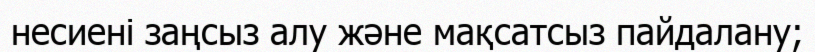
несиені заңсыз алу және мақсатсыз пайдалану;